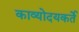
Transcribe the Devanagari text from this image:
काव्योदयकर्ते